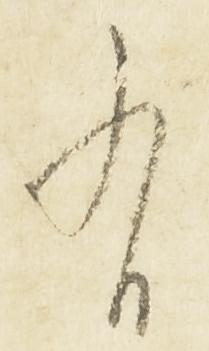
有